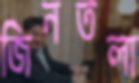
জিনতলা